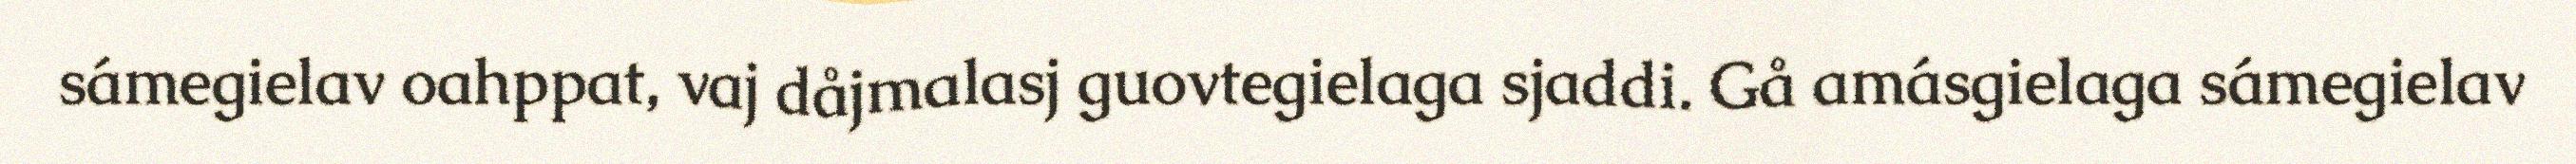
sámegielav oahppat, vaj dåjmalasj guovtegielaga sjaddi. Gå amásgielaga sámegielav